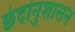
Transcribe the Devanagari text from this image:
छंदोनुशासन